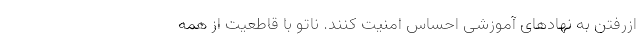
ازرفتن به نهادهای آموزشی احساس امنیت کنند. ناتو با قاطعیت از همه